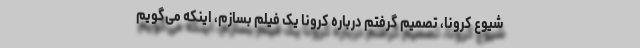
شیوع کرونا، تصمیم گرفتم درباره کرونا یک فیلم بسازم، اینکه می‌گویم